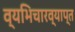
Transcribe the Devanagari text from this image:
व्यभिचारव्याप्त